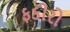
ફકીરો